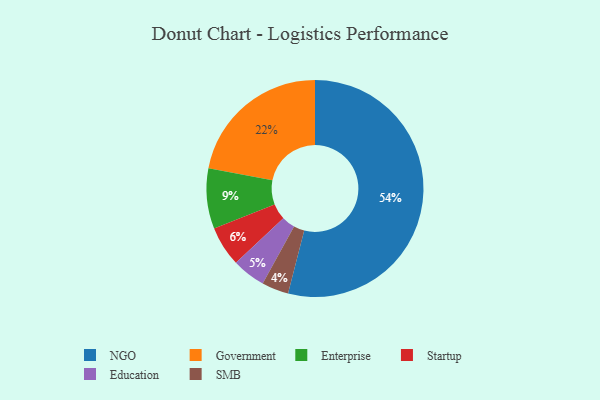
{"axis": {"x": "Category", "y": "Percentage"}, "legend": ["Education", "Enterprise", "Government", "NGO", "SMB", "Startup"], "data": [{"x": "Education", "y": 5, "type": "Education"}, {"x": "Startup", "y": 6, "type": "Startup"}, {"x": "NGO", "y": 54, "type": "NGO"}, {"x": "Enterprise", "y": 9, "type": "Enterprise"}, {"x": "SMB", "y": 4, "type": "SMB"}, {"x": "Government", "y": 22, "type": "Government"}]}